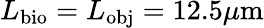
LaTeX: L_{\mathrm{bio}}=L_{\mathrm{obj}}=12.5\mu\mathrm{m}